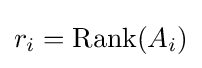
r_{i}=\operatorname {Rank} (A_{i})